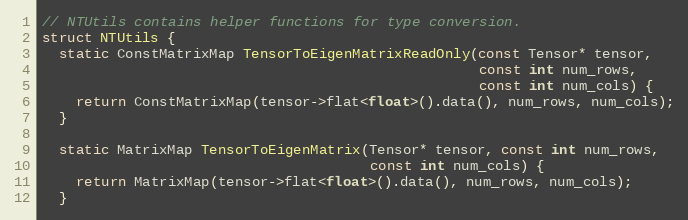
Language: C
// NTUtils contains helper functions for type conversion.
struct NTUtils {
  static ConstMatrixMap TensorToEigenMatrixReadOnly(const Tensor* tensor,
                                                    const int num_rows,
                                                    const int num_cols) {
    return ConstMatrixMap(tensor->flat<float>().data(), num_rows, num_cols);
  }

  static MatrixMap TensorToEigenMatrix(Tensor* tensor, const int num_rows,
                                       const int num_cols) {
    return MatrixMap(tensor->flat<float>().data(), num_rows, num_cols);
  }